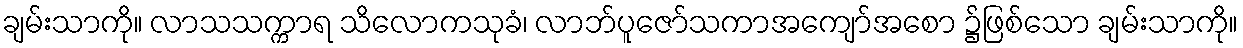
ချမ်းသာကို။ လာသသက္ကာရ သိလောကသုခံ၊ လာဘ်ပူဇော်သကာအကျော်အစော ၌ဖြစ်သော ချမ်းသာကို။